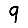
Digit: 9